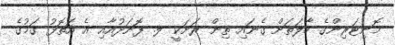
މޮނިޓަރިންގެ ހާލަތަށް ގެނައި ތިން ރަށަކީ ލ. ފޮނަދުއާއި އެ އަތޮޅު ގަމުގެ